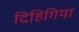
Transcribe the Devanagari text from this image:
दिहिगिया